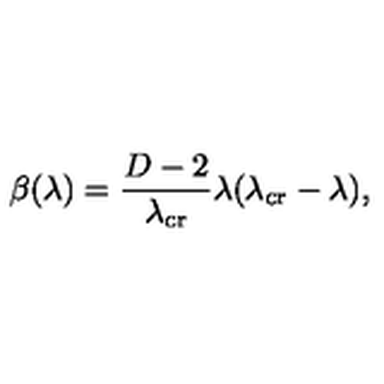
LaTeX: \beta ( \lambda ) = \frac { D - 2 } { \lambda _ { \mathrm { c r } } } \lambda ( \lambda _ { \mathrm { c r } } - \lambda ) ,